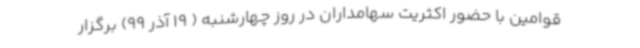
قوامین با حضور اکثریت سهامداران در روز چهارشنبه ( 19 آذر 99) برگزار